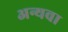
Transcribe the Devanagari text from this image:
अन्यवा